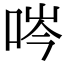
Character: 㖗